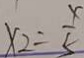
x _ { 2 } = \frac { x } { 5 }